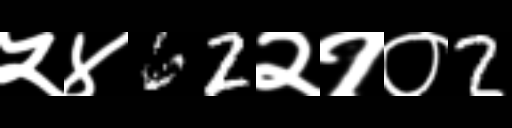
Text: ५४62२१०2